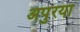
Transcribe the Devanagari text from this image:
अपुरया